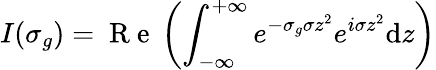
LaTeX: I(\sigma_{g})=\mathrm{~R~e~}\left(\int_{-\infty}^{+\infty}e^{-\sigma_{g}\sigma z^{2}}e^{i\sigma z^{2}}\mathrm{d}z\right)